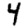
Digit: 4